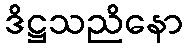
ဒိဋ္ဌသညိနော